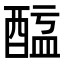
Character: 𨡖